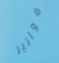
فواتير